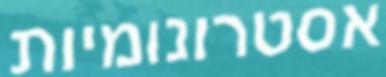
אסטרונומיות